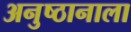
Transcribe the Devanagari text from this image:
अनुष्ठानाला